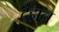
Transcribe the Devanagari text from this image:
दैहान